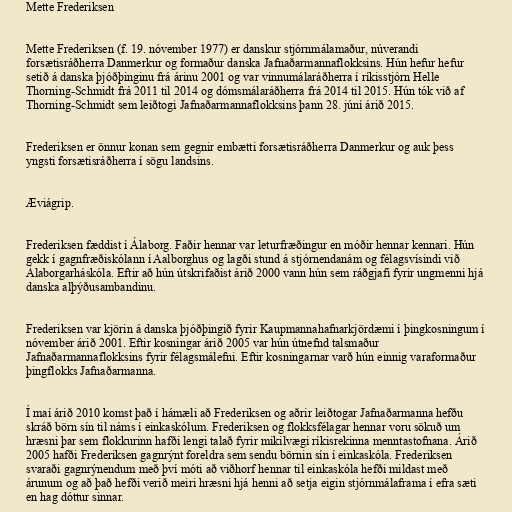
Mette Frederiksen

Mette Frederiksen (f. 19. nóvember 1977) er danskur stjórnmálamaður, núverandi
forsætisráðherra Danmerkur og formaður danska Jafnaðarmannaflokksins. Hún hefur hefur
setið á danska þjóðþinginu frá árinu 2001 og var vinnumálaráðherra í ríkisstjórn Helle
Thorning-Schmidt frá 2011 til 2014 og dómsmálaráðherra frá 2014 til 2015. Hún tók við af
Thorning-Schmidt sem leiðtogi Jafnaðarmannaflokksins þann 28. júní árið 2015.

Frederiksen er önnur konan sem gegnir embætti forsætisráðherra Danmerkur og auk þess
yngsti forsætisráðherra í sögu landsins.

Æviágrip.

Frederiksen fæddist í Álaborg. Faðir hennar var leturfræðingur en móðir hennar kennari. Hún
gekk í gagnfræðiskólann í Aalborghus og lagði stund á stjórnendanám og félagsvísindi við
Álaborgarháskóla. Eftir að hún útskrifaðist árið 2000 vann hún sem ráðgjafi fyrir ungmenni hjá
danska alþýðusambandinu.

Frederiksen var kjörin á danska þjóðþingið fyrir Kaupmannahafnarkjördæmi í þingkosningum í
nóvember árið 2001. Eftir kosningar árið 2005 var hún útnefnd talsmaður
Jafnaðarmannaflokksins fyrir félagsmálefni. Eftir kosningarnar varð hún einnig varaformaður
þingflokks Jafnaðarmanna.

Í maí árið 2010 komst það í hámæli að Frederiksen og aðrir leiðtogar Jafnaðarmanna hefðu
skráð börn sín til náms í einkaskólum. Frederiksen og flokksfélagar hennar voru sökuð um
hræsni þar sem flokkurinn hafði lengi talað fyrir mikilvægi ríkisrekinna menntastofnana. Árið
2005 hafði Frederiksen gagnrýnt foreldra sem sendu börnin sín í einkaskóla. Frederiksen
svaraði gagnrýnendum með því móti að viðhorf hennar til einkaskóla hefði mildast með
árunum og að það hefði verið meiri hræsni hjá henni að setja eigin stjórnmálaframa í efra sæti
en hag dóttur sinnar.